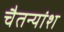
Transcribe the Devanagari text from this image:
चैतन्यांश